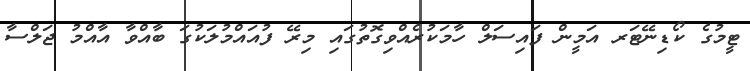
ޓީމުގެ ކޯޑިނޭޓަރ އަމީން ފައިސަލް ހާމަކުރެއްވިގޮތުގައި މިރޭ ފުއައްމުލަކުގަ ބާއްވާ އާއްމު ޖަލްސާ